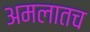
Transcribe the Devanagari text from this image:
अमलातच